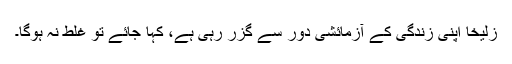
زُلیخا اپنی زندگی کے آزمائشی دور سے گزر رہی ہے، کہا جائے تو غلط نہ ہوگا۔